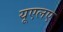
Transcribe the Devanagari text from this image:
यूएलए